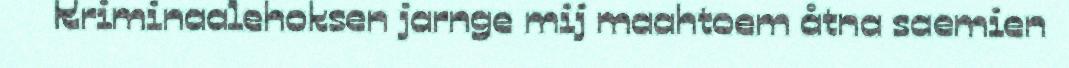
Kriminaalehoksen jarnge mij maahtoem åtna saemien